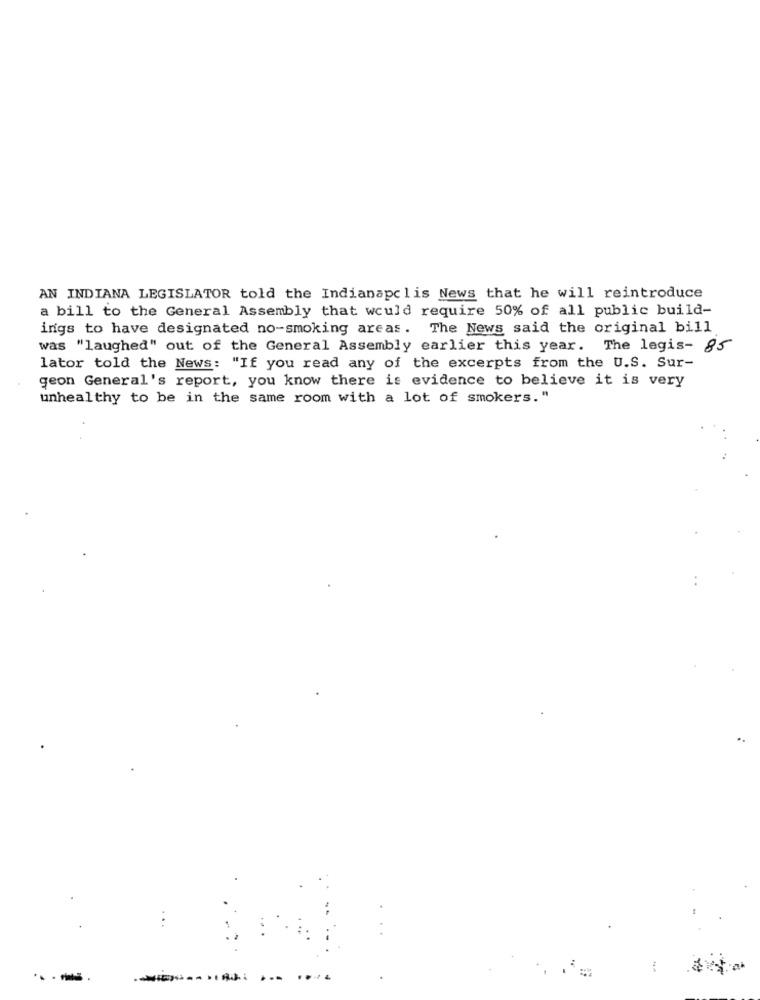
AN INDIANA LEGISLATOR told the Indianapolis News that he will reintroduce
a bill to the General Assembly that would require 50% of all public build-
ings to have designated no-smoking areas. The News said the original bill
was "laughed" out of the General Assembly earlier this year. The legis- 85
lator told the News: "If you read any of the excerpts from the U.S. Sur-
geon General's report, you know there is evidence to believe it is very
unhealthy to be in the same room with a lot of smokers. "
---.
.. ...